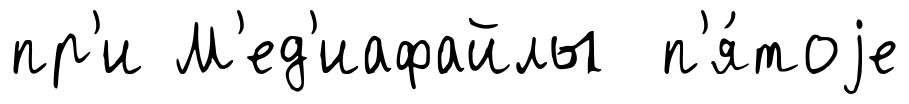
пр'и М'ед'иафайлы п'я́тоjе